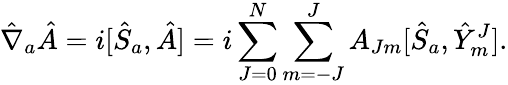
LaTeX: {\hat{\nabla}}_{a}{\hat{A}}=i[{\hat{S}}_{a},{\hat{A}}]=i\sum_{J=0}^{N}\sum_{m=-J}^{J}A_{Jm}[{\hat{S}}_{a},{\hat{Y}}_{m}^{J}].